Leaving Certificate Examination (including Day School Certificate (Higher) General paper), 1937
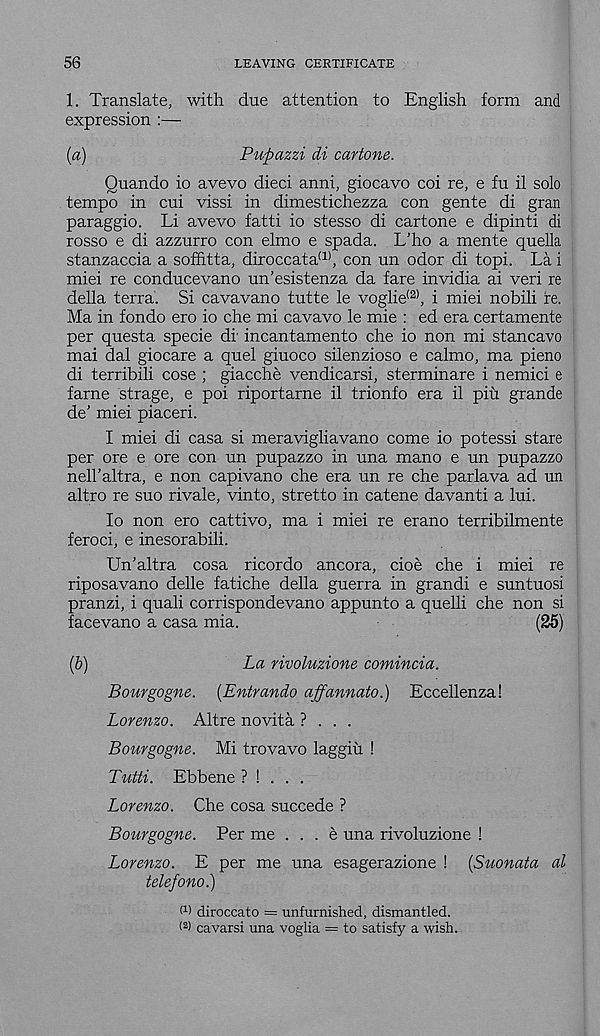
56
LEAVING CERTIFICATE
1. Translate, with due attention to English form and
expression :—
[а)
Puftazzi di cartone.
Quando io avevo dieci anni, giocavo coi re, e fu il solo
tempo in cui vissi in dimestichezza con gente di gran
paraggio. Li avevo fatti io stesso di cartone e dipinti di
rosso e di azzurro con elmo e spada. L’ho a mente quella
stanzaccia a soffitta, diroccata (1) , con un odor di topi. La i
miei re conducevano un’esistenza da fare invidia ai veri re
della terra. Si cavavano tutte le voglie (2) , i miei nobili re.
Ma in fondo ero io che mi cavavo le mie : ed era certamente
per questa specie di' incantamento che io non mi stancavo
mai dal giocare a quel giuoco silenzioso e calmo, ma pieno
di terribili cose ; giacche vendicarsi, sterminare i nemici e
fame strage, e poi riportarne il trionfo era il piu grande
de’ miei piaceri.
I miei di casa si meravigliavano come io potessi stare
per ore e ore con un pupazzo in una mano e un pupazzo
nell’altra, e non capivano che era un re che parlava ad un
altro re suo rivale, vinto, stretto in catene davanti a lui.
Io non ero cattivo, ma i miei re erano terribilmente
feroci, e inesorabili.
Un’altra cosa ricordo ancora, cioe che i miei re
riposavano delle fatiche della guerra in grandi e suntuosi
pranzi, i quali corrispondevano appunto a quelli che non si
facevano a casa mia.
(25)
(б)
La rivoluzione comincia.
Bourgogne. [Entrando affannato.) Eccellenza!
Lorenzo. Altre novita ? . . .
Bourgogne. Mi trovavo laggiu !
Tutti. Ebbene ? ! . . .
Lorenzo. Che cosa succede ?
Bourgogne. Per me . . . e una rivoluzione !
Lorenzo. E per me una esagerazione ! (Suonata al
telefono.)
M diroccato = unfurnished, dismantled.
( 2 > cavarsi una voglia = to satisfy a wish.